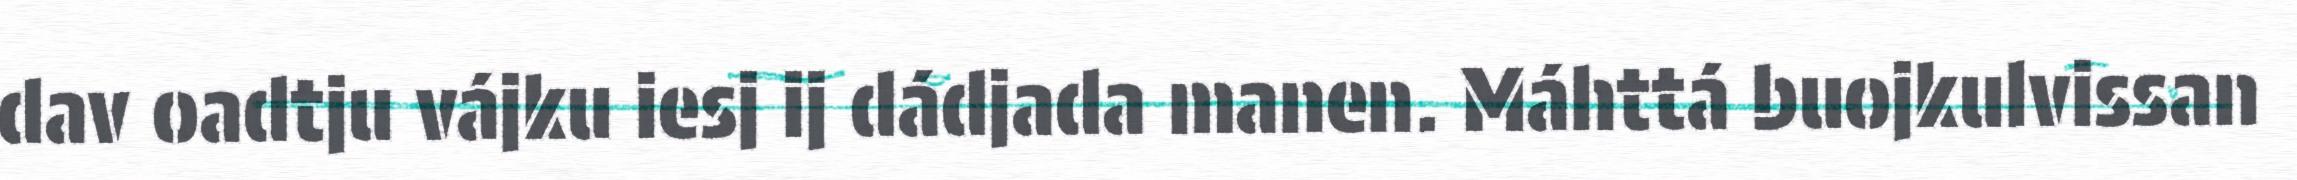
dav oadtju vájku iesj ij dádjada manen. Máhttá buojkulvissan